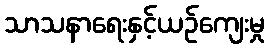
သာသနာရေးနှင့်ယဉ်ကျေးမှု